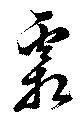
霜